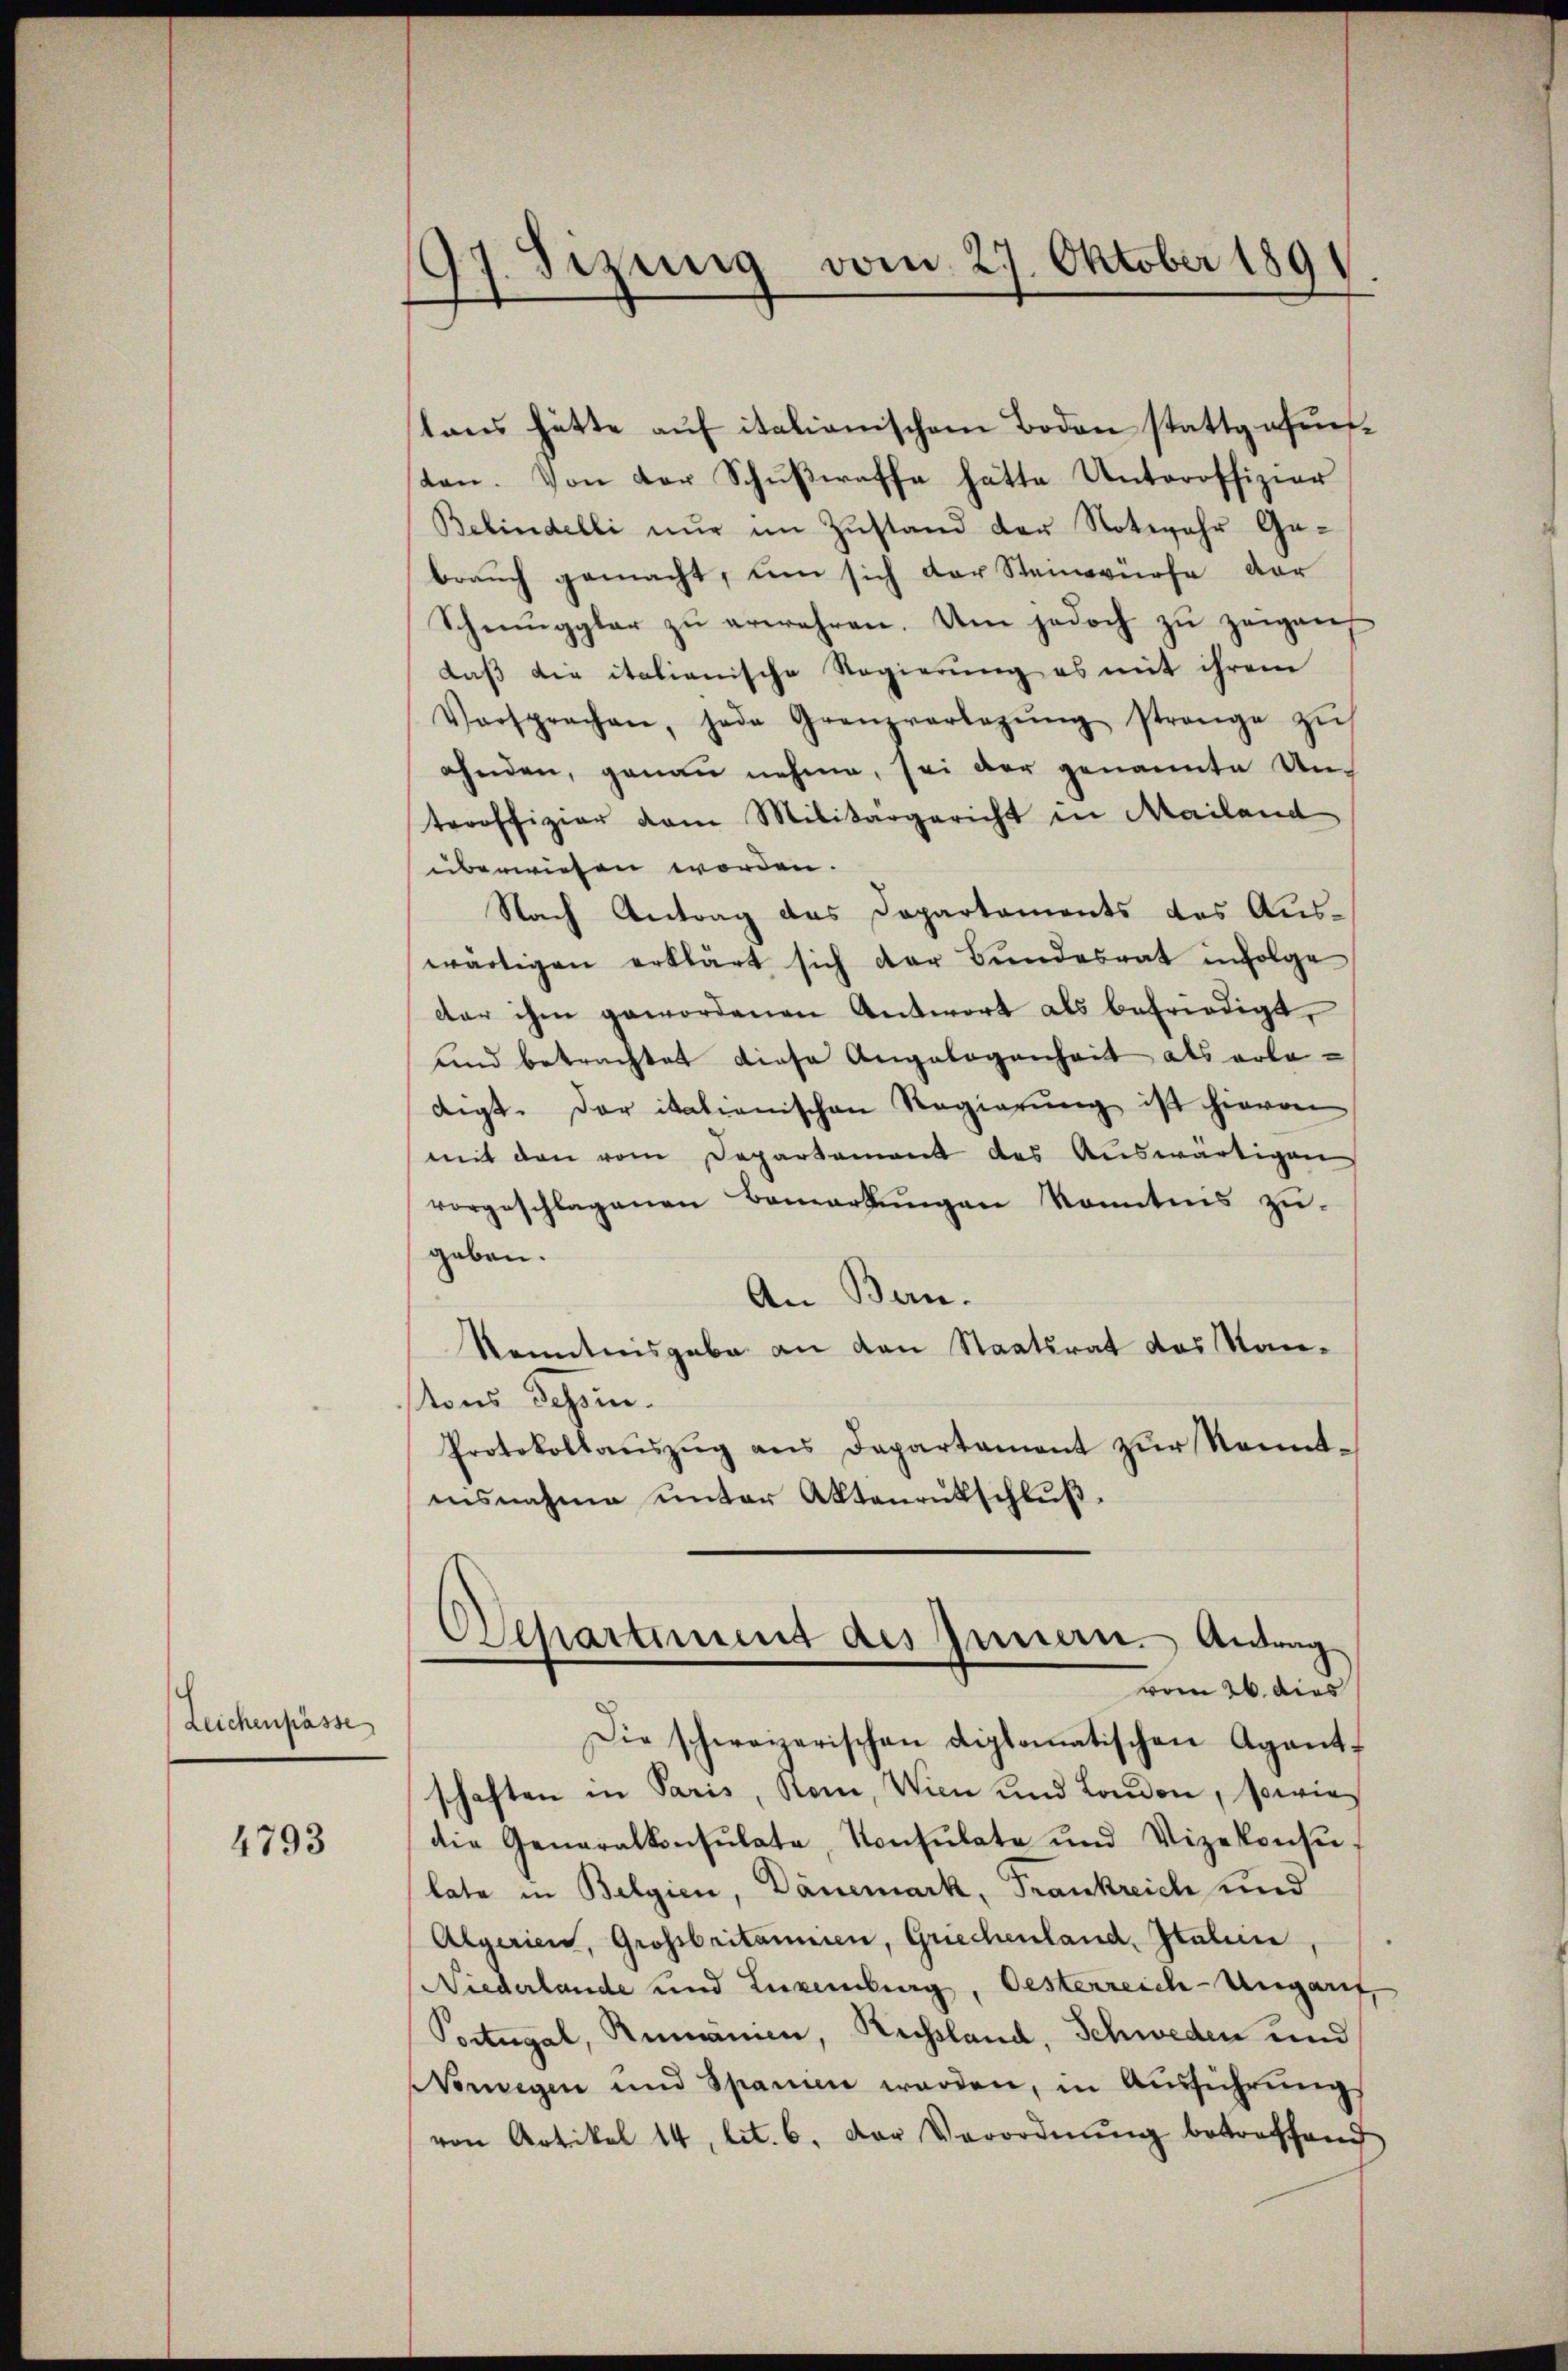
Leichenpässe

4793

97. Sizung vom 27. Oktober 1891

laus hätte auf italionischem Boden stattgefunten. Von der Schŭβeraffe hätte Unteroffizier
Behindelli nur im Zustand der Notwehr Gabrauch gemacht, um sich der Steinwürfe der
Schmuggler zŭ erwehren. Um jedoch zŭ zeigen
daß die italianische Regierung es mit ihrem
Versprachen, jede Granzverlegŭng strenge zŭ
ahnden, genau nehme, sei der genannte Unteroffizier vom Militärgericht in Mailand
überwiesen worden.
Nach Antrag das Departements des Auswärtigen erklärt sich der Bŭndesrat infolge
der ihm gewordenen Antwort als befriedigt,
und betrachtet diese Angelegenheit als erledigt. Der italienischen Regierŭng ist hievon
mit den vom Departament des Auswärtigen
vorgeschlagenen Bemerkŭngen konntens zu-
geben.
An Bern.
Kenntnisgabe an den Staatsrat des Kantons Tessin.
Protokollaŭszŭg ans Departament zŭr Kenntinsnahme unter Aktenrutschluß.
Departement des Innern. Antrag
vom 26. dies
Die schweizerischen diplomatischen Agent-
schaften in Paris, Rom, Wien und London, sowie
die Generalkonsulate, Konsulate und Vizekonse-
late in Belgien, Dänemark, Frankreich und
Algerien, Großbritainen, Griechenland, Italin
Niederlande und Luxenburg, Oesterreich-Ungauf,
Portugal, Rumannen, Rechsland, Schweden und
Worwegen und Spanien werden, in Aŭsführŭng
von Artikel 14 lit. 6. Der Verordnŭng betroffend